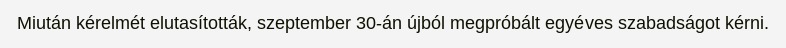
Miután kérelmét elutasították, szeptember 30-án újból megpróbált egyéves szabadságot kérni.